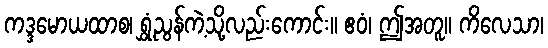
ကဒ္ဒမောယထာစ၊ ရွှံ့ညွန်ကဲ့သို့လည်းကောင်း။ ဧဝံ၊ ဤအတူ။ ကိလေသာ၊